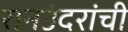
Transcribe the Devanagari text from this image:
रानउंदरांची